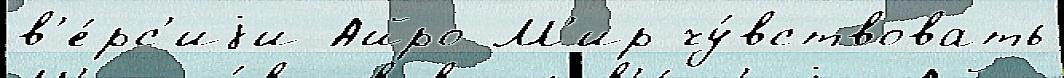
в'е́рс'иjи Айро М'ир чу́вствовать